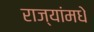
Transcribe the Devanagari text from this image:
राज्यांमधे